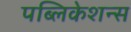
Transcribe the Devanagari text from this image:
पब्लिकेशन्‍स